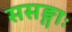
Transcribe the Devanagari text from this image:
ससङ्गाः